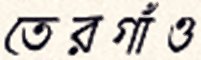
তেরগাঁও